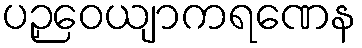
ပဉှဝေယျာကရဏေန